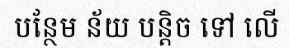
បន្ថែម ន័យ បន្តិច ទៅ លើ